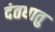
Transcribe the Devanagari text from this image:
दंतधातु